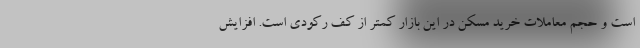
است و حجم معاملات خرید مسکن در این بازار کمتر از کف رکودی است. افزایش